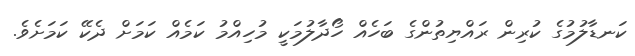
ކަނޑާލުމުގެ ކުރިން ރައްޔިތުންގެ ބަހެއް ހޯދާލުމަކީ މުހިއްމު ކަމެއް ކަމަށް ދެކޭ ކަަމަށެވެ.